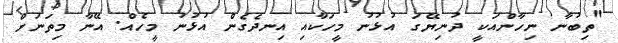
"ތިބުނާ ނިހާންއަކީ ދުނިޔޭގަ އުޅުނު މީހަކާއި އިނދެގެން އުޅުނު މީހެއް. އޭނާ މިތަނަށް